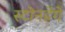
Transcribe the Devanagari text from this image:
स्टोनहेंगे